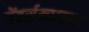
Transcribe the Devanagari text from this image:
चेंबर्समधल्या